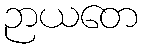
ဉာယတေ